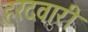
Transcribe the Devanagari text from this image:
हरदवारी